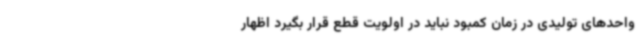
واحدهای تولیدی در زمان کمبود نباید در اولویت قطع قرار بگیرد اظهار